Report on enteric fever
Disease focus: Fever
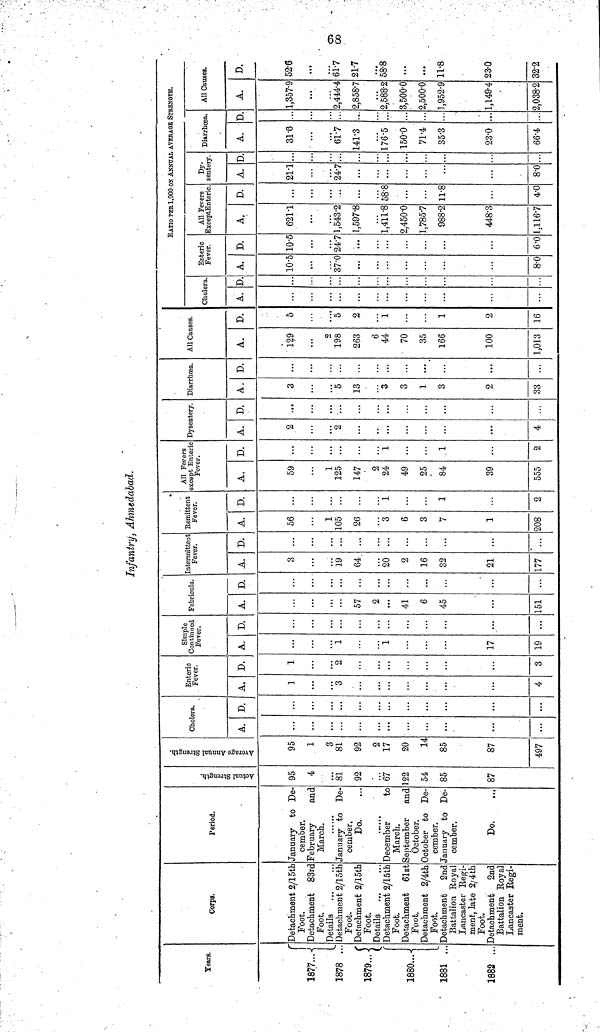
68
Infantry, Ahmedabad.
Years.
1877...
1878 ..
1879...
1880...
1881 ...
1882 ...
Corps.
Detachment 2/15th
Foot.
Detachment 83rd
Foot.
Details
Detachment 2/15th
Foot.
Detachment 2/l5th
Foot.
Details
Detachment 2/15th
Foot.
Detachment 61st
Foot.
Detachment 2/4th
Foot.
Detachment 2nd
Sattalion Royal
Lancaster Regi-
ment, late 2/4th
Foot.
Detachment 2nd
Battalion Royal
Lancaster Regi-
ment.
Period.
January to De
cember.
February
and
March.
January to De-
cember,
Do.
December
to
March.
September
and
October.
October to De-
cember.
January to De-
cember.
Do.
Actual Strength.
95
4
81
92
67
122
54
85
87
Average Annual Strength.
95
1
3
81
92
2
17
20
14
85
87
497
Cholera.
A.
• • •
...
D.
...
...
...
Enteric
Fever.
A.
1
3
4
D.
1
2
3
Simple
Continued.
Fever.
A.
1
1
17
19
D.
...
Febricula.
A.
57
2
...
41
6
45
151
D.
...
...
...
...
Intermittent
Fever.
A.
3
19
64
20
2
16
32
21
177
D.
...
...
...
...
...
Remittent
Fever.
A.
56
1
105
26
3
6
3
7
1
208
D.
1
...
1
2
All Fevers
except Enteric
Fever.
A.
59
1
125
147
2
24
49
25
84
39
555
D.
...
...
...
1
.1
2
Dysentery.
A.
2
2
...
...
4
D.
...
...
Diarrhœa.
A.
3
5
13
3
3
1
3
2
33
D.
...
...
...
All Causes.
A.
129
9
198
263
6
44
70
35
166
100
1,013
D.
5
5
2
1
1
2
16
RATIO PER 1,000 ON ANNUAL AVERAGE STRENGTH.
Cholera.
A.
...
D.
Enteric
Fever.
A.
10.5
37.0
8.0
D.
10.5
24.7
6.0
All Fevers
ExceptEnteric.
A.
621.1
1,543.2
1,597.8
1,411.8
2,450.0
1,785.7
988.2
448.3
1,116.7
D.
...
...
58.8
...
...
11.8
4.0
Dy-
sentery.
A.
21.1
24.7
...
8.0
D.
...
...
Diarrhœa.
A.
31.6
61.7
141.3
176.5
150.0
71.4
35.3
23.0
66.4
D.
...
...
All Causes.
A.
1,357.9
2,444.4
2,858.7
2,588.2
3,500.0
2,500.0
1,952.9
1,149.4
2,038.2
D.
52.6
61.7
21.7
58.8
...
...
11.8
23.0
32.2